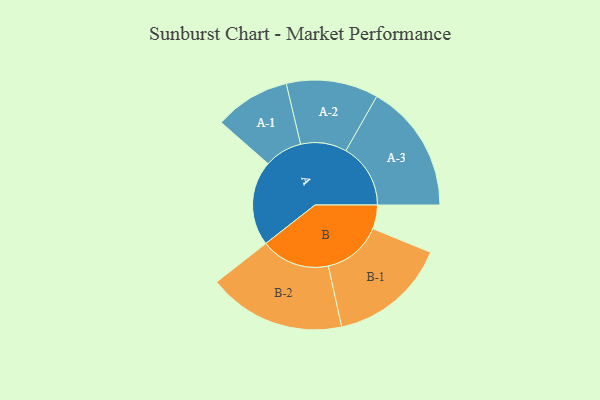
{"axis": {"x": "Segment", "y": "Value"}, "legend": ["", "A", "B"], "data": [{"x": "A", "y": 364, "type": ""}, {"x": "B", "y": 102, "type": ""}, {"x": "A-1", "y": 162, "type": "A"}, {"x": "A-2", "y": 197, "type": "A"}, {"x": "A-3", "y": 277, "type": "A"}, {"x": "B-1", "y": 254, "type": "B"}, {"x": "B-2", "y": 295, "type": "B"}]}